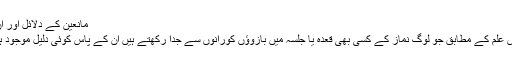
مانعین کے دلائل اور ان کا تجزیہ:
میرے ناقص علم کے مطابق جو لوگ نماز کے کسی بھی قعدہ یا جلسہ میں بازوؤں کورانوں سے جدا رکھتے ہیں ان کے پاس کوئی دلیل موجود ہی نہیں ہے۔